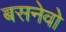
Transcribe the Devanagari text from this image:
बसनेवो